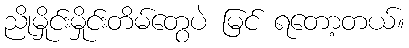
ညိုမှိုင်းမှိုင်းတိမ်တွေပဲ မြင် ရတော့တယ်။